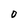
Character: 0